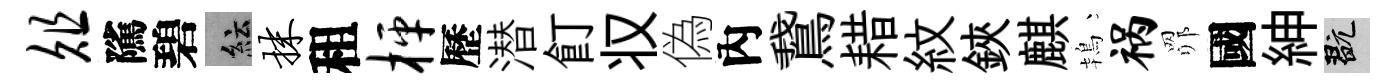
俎隲碧紜抹租枰歷潜飣𠬧偽內鵞耤紋鋏麒鴇祸𦊑國紳玩